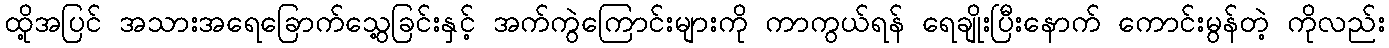
ထို့အပြင် အသားအရေခြောက်သွေ့ခြင်းနှင့် အက်ကွဲကြောင်းများကို ကာကွယ်ရန် ရေချိုးပြီးနောက် ကောင်းမွန်တဲ့ ကိုလည်း